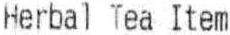
HERBAL TEA ITEM